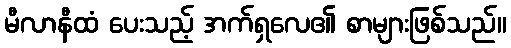
မီလာနီထံ ပေးသည့် အက်ရှလေ၏ စာများဖြစ်သည်။